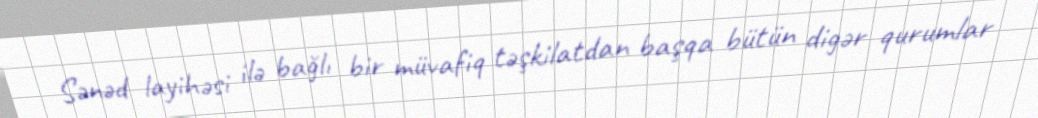
Sənəd layihəsi ilə bağlı bir müvafiq təşkilatdan başqa bütün digər qurumlar